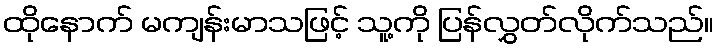
ထိုနောက် မကျန်းမာသဖြင့် သူ့ကို ပြန်လွှတ်လိုက်သည်။